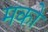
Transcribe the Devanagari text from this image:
मको